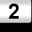
Digit: 2